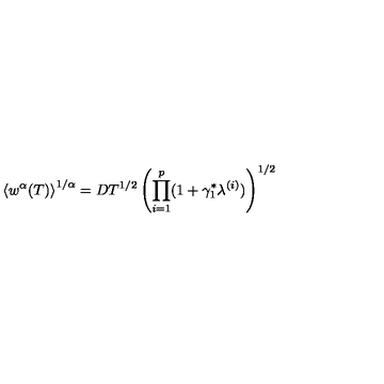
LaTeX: \left\langle w ^ { \alpha } ( T ) \right\rangle ^ { 1 / \alpha } = D T ^ { 1 / 2 } \left( \prod _ { i = 1 } ^ { p } ( 1 + \gamma _ { 1 } ^ { \ast } \lambda ^ { ( i ) } ) \right) ^ { 1 / 2 }